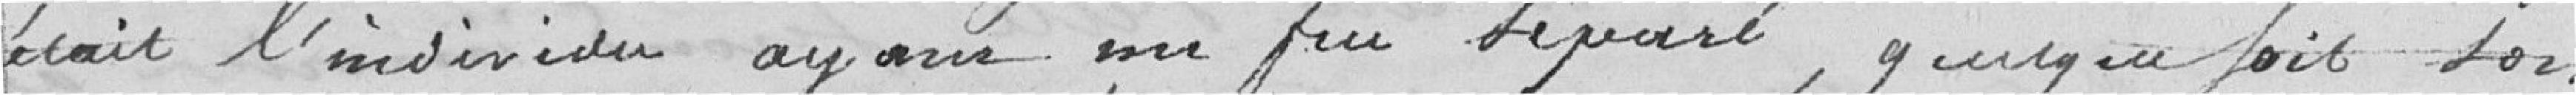
était l'individu ayant un Feu déparé, y quelque fois son